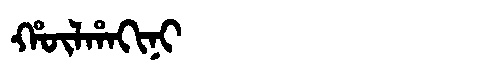
Manchu: ᡥᡡᠯᡥᠠᡴᡳᠨᡳ
Romanization: HŪLHAKINI